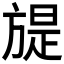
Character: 𣄍